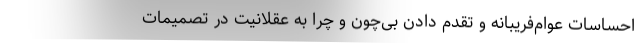
احساسات عوام‌فریبانه و تقدم دادن بی‌چون و چرا به عقلانیت در تصمیمات